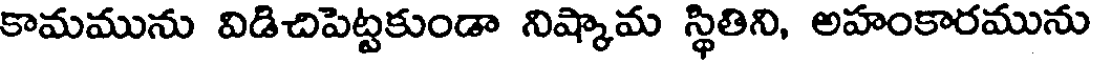
కామమును విడిచిపెట్టకుండా నిష్కామ స్థితిని, అహంకారమును